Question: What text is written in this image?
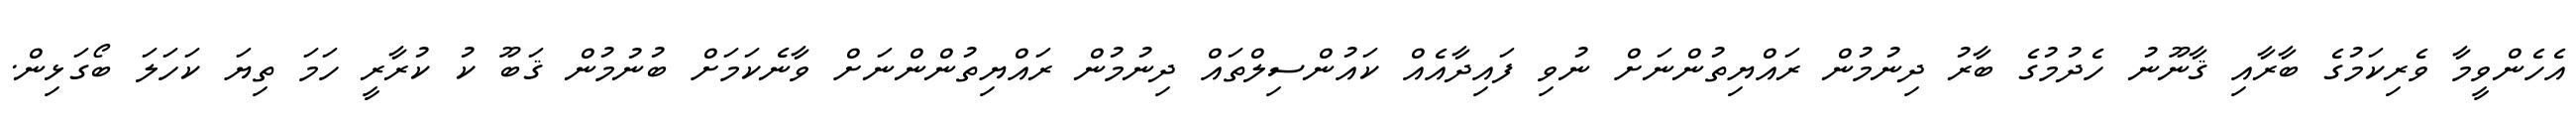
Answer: އެހެންވީމާ ވެރިކަމުގެ ބާރާއި ޤާނޫނު ހެދުމުގެ ބާރު ދިނުމުން ރައްޔިތުންނަށް ނުވި ފައިދާއެއް ކައުންސިލްތައް ދިނުމުން ރައްޔިތުންންނަށް ވާނެކަމަށް ބުނުމުން ޤަބޫ ކު ކުރާރީ ހަމަ ތިޔަ ކަހަލަ ބޯގަޅިން.